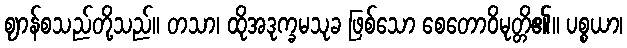
ဈာန်စသည်တို့သည်။ တသာ၊ ထိုအဒုက္ခမသုခ ဖြစ်သော စေတောဝိမုတ္တိ၏။ ပစ္စယာ၊